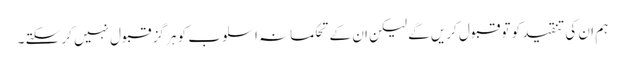
ہم ان کی تنقید کو تو قبول کریں گے لیکن ان کے تحکمانہ اسلوب کو ہر گز قبول نہیں کر سکتے ۔